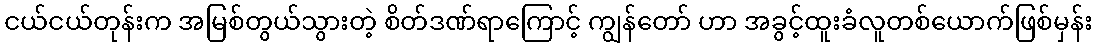
ငယ်ငယ်တုန်းက အမြစ်တွယ်သွားတဲ့ စိတ်ဒဏ်ရာကြောင့် ကျွန်တော် ဟာ အခွင့်ထူးခံလူတစ်ယောက်ဖြစ်မှန်း